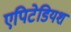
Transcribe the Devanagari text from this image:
एपिटेडियश